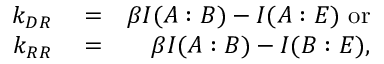
\begin{array} { r l r } { k _ { D R } } & { { } = } & { \beta I ( A : B ) - I ( A : E ) \ \mathrm { { o r } } } \\ { k _ { R R } } & { { } = } & { \beta I ( A : B ) - I ( B : E ) , } \end{array}